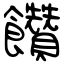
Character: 饡